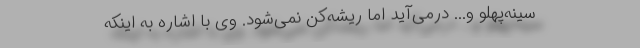
سینه‌پهلو و... درمی‌آید اما ریشه‌کن نمی‌شود. وی با اشاره به اینکه